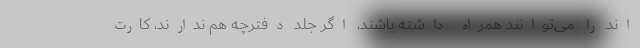
اند را می‌توانند همراه داشته باشند، اگر جلد دفترچه هم ندارند، کارت